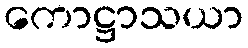
ကောဋ္ဌာသယာ